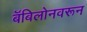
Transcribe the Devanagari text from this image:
बॅबिलोनवरून